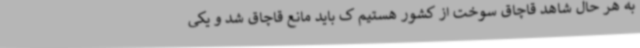
به هر حال شاهد قاچاق سوخت از کشور هستیم ک باید مانع قاچاق شد و یکی